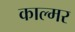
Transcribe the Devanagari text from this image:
काल्मर